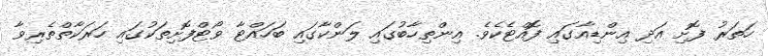
ހަތަރު ފޮށި އަދި އިންޑިއާގައި ފޮއްޓެކެވެ. އިންތިހާބުގައި ލަންކާގައި ބަހައްޓާ ވޯޓްފޮށިތަކުގައި ހަރަކާތްތެރިވާ